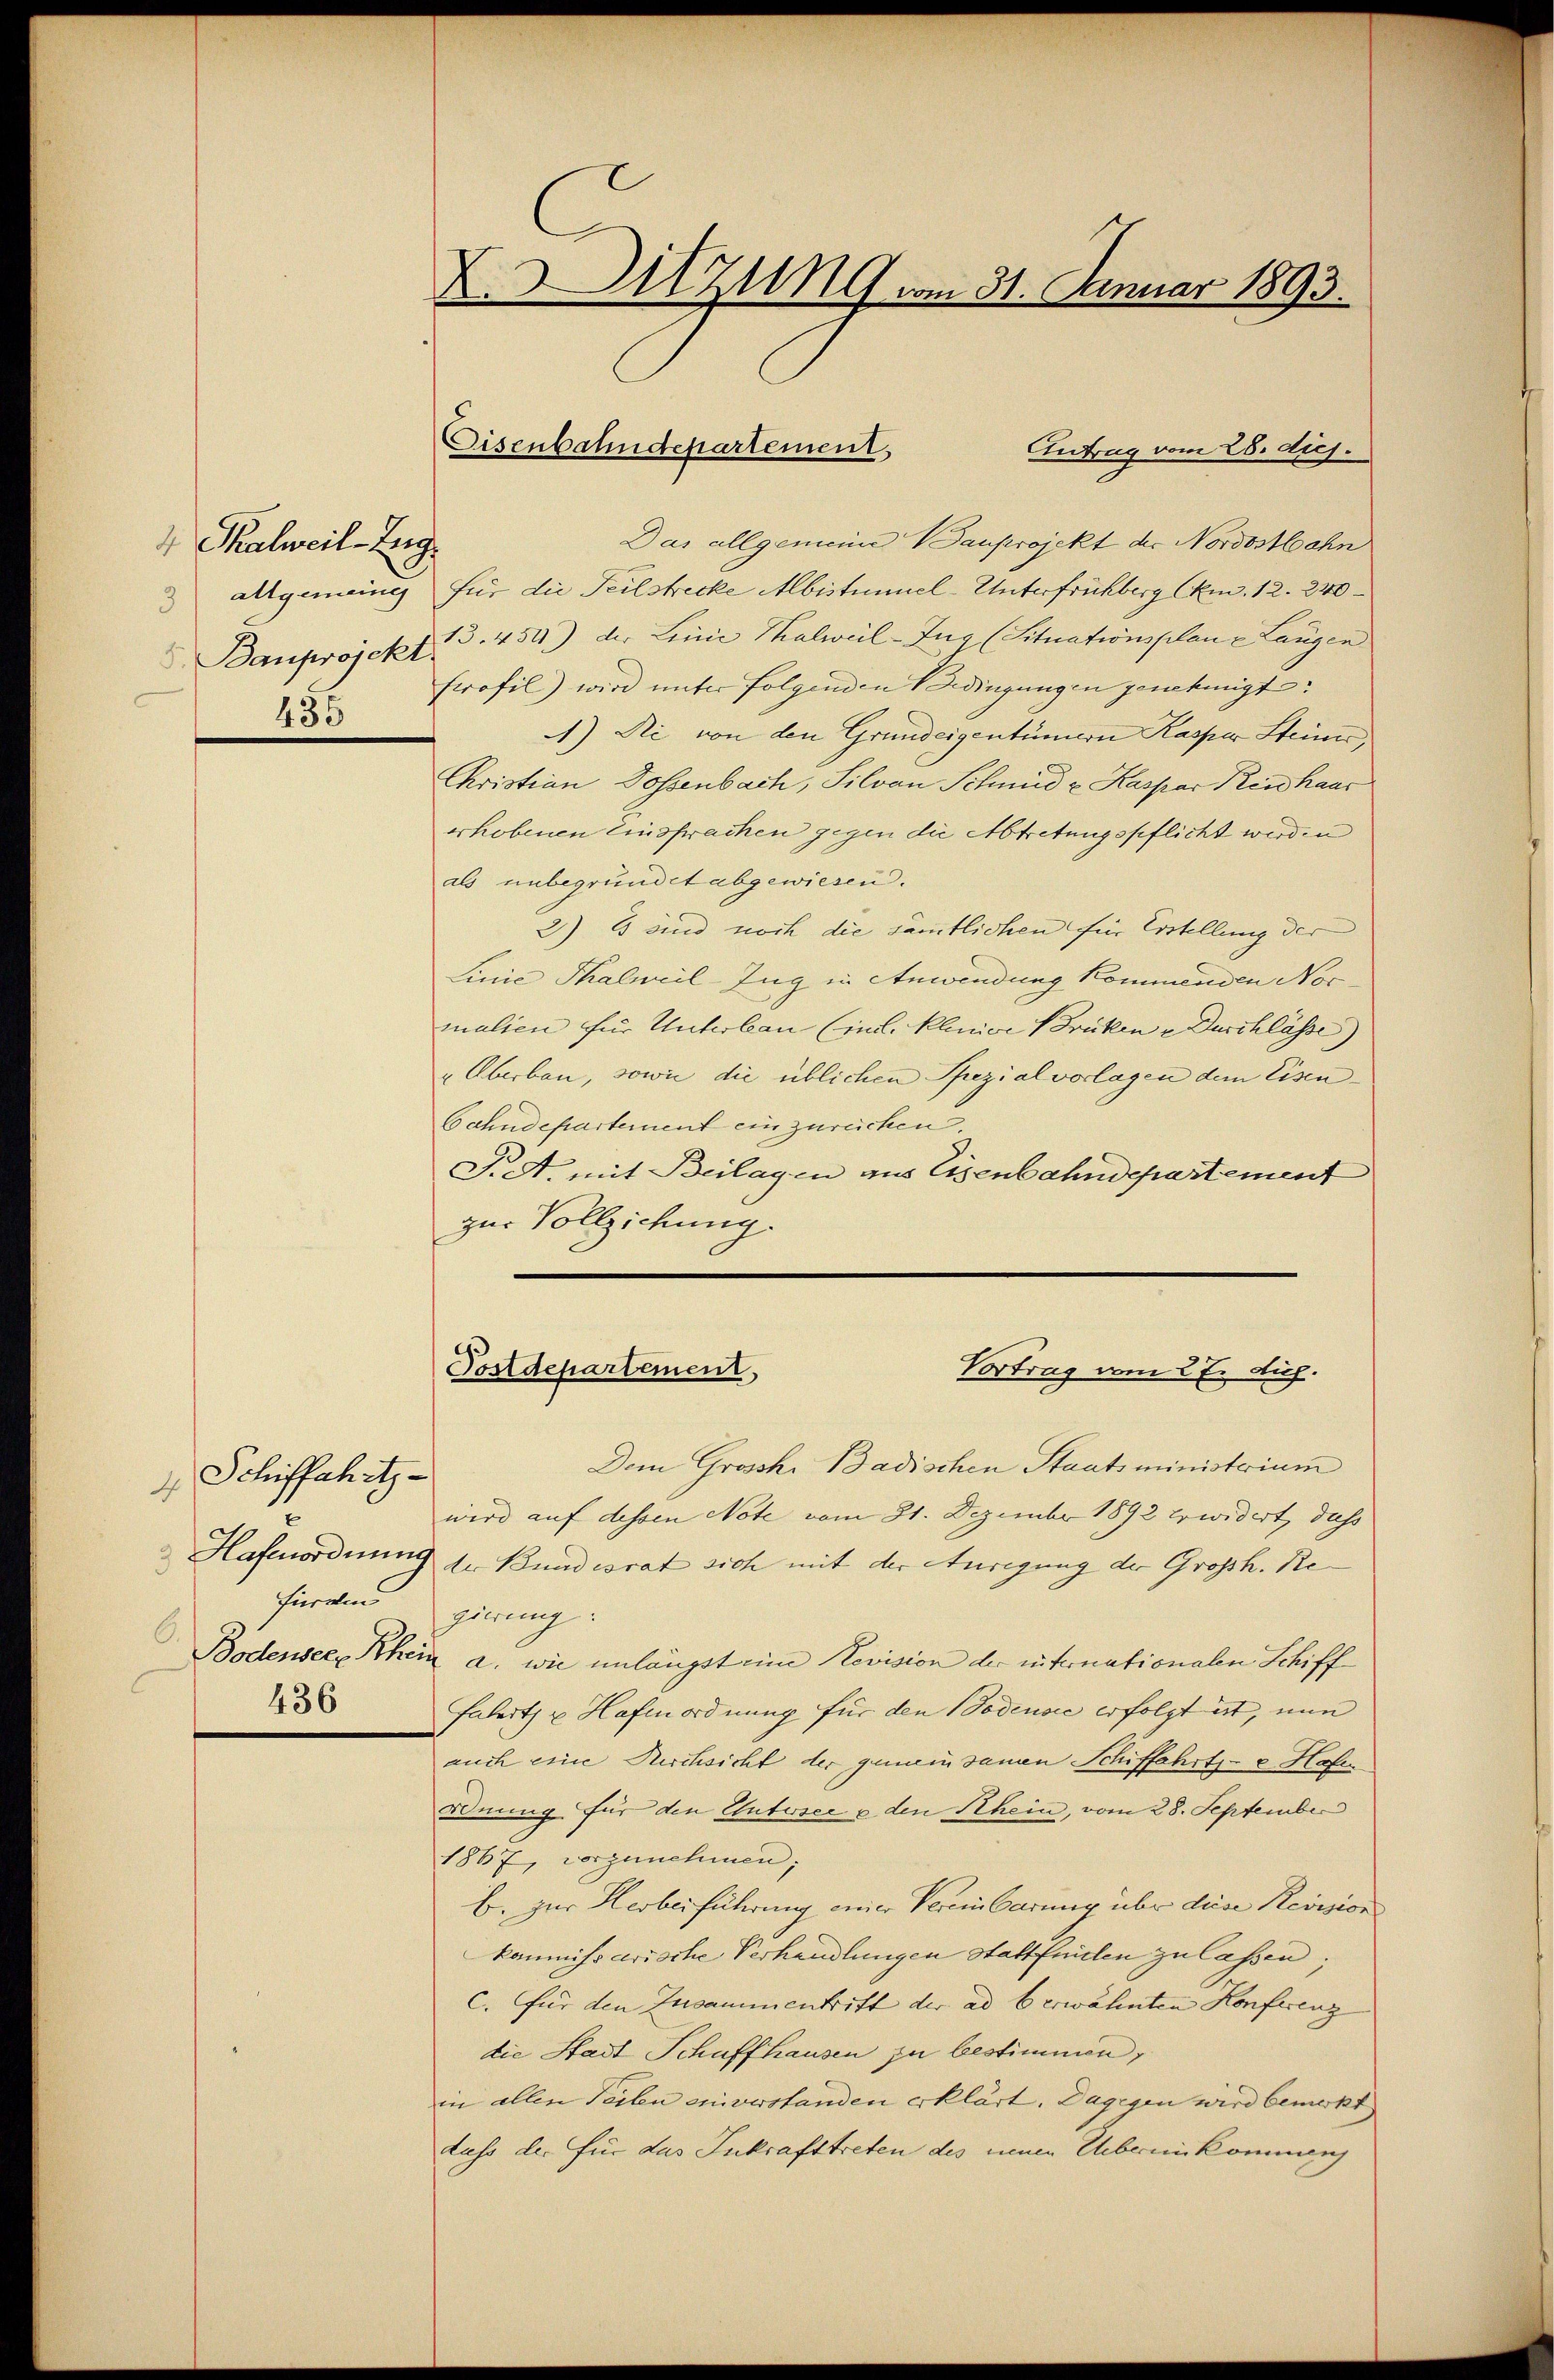
4 Thalweil-Zug.
455

Schiffahrts-
4
fürden
6.
436

XSitzung am 31. Januar 1893.

Das allgemeine Bauprojekt der Nordostbahn
allgemeines für die Teilstrecke Albistimmel-Unterfrühberg (km. 12. 240
Banprojekt. 13. 454) der Leine Thalweil-Zug (Situationsplan - Langen
Erofil) wird unter folgenden Bedingungen genehmigt.
1) Die von den Grundeigentümern Kaspar Stein,
Christian Dossenbach, Silvan Schmied v. Kaspar Reishaus
erhobenen Einsprachen gegen die Abtretungspflicht werden
als unbegründet abgewiesen.
2) Es sind noch die sämtlichen für Erstellung der
Linie Thalwil-Zug in Anwendung kommenden Nocmalien für Unterbau (im klinige Brüken - Duschlässe)
" Oberbau, sowie die üblichen Spezialvorlagen dem Eisen¬
Cahndepartement einzurechen.
J. A. mit Beilagen aus Eisenbahndepartement
zur Vollziehung.

Eisenbahndepartement
Antrag vom 28. dies.

Postdepartement,
Vortrag vom 27. dich.

Dem Grosche Badischen Staatsministrium
wird auf dessen Note vom 31. Dezember 1892 Erwidert, dass
Hafenordnung der Bundesrat sich mit der Anregung der Grossh. Re
gierung:
Bodensee, Rhein a. wie unlängst eine Revision der internationalen Schiff¬
Falert u. Hafenordnung für den Bodensee erfolgt ist, nun
auch eine Kirchsicht der gemeinsamen Schiffahrts- u. Hofer
rdnung für den Entersee u den Schein, vom 28. September
1867, vorgenehmen;
B. zur Herbeiführung einer Vereinbarung über diese Revision
kommissarische Verhandlungen Stattfeilen zu lassen;
c. für den Zusammentritt der ad b. erwähnten Konferenz
die Stadt Schaffhausen zu bestimmen,
in allen Teilen eniverstanden erklärt. Dagegen wird bemerkt
dass der für das Inkrafttreten des neuen Uebereinkommens